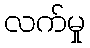
လက်မှု